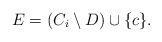
LaTeX: \begin{align*}E = (C_i \setminus D) \cup \{c\}.\end{align*}